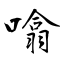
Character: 噏